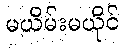
မယိမ်းမယိုင်